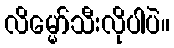
လိမ္မော်သီးလိုပါပဲ။